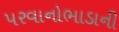
પરવાનોભાડાની